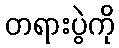
တရားပွဲကို